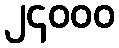
၂၄၀၀၀